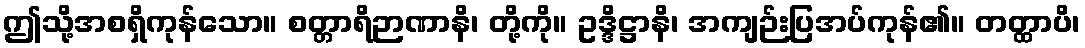
ဤသို့အစရှိကုန်သော။ စတ္တာရိဉာဏာနိ၊ တို့ကို။ ဥဒ္ဒိဋ္ဌာနိ၊ အကျဉ်းပြအပ်ကုန်၏။ တတ္ထာပိ၊